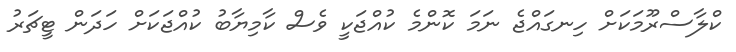
ކްލާސްރޫމަކަށް ހިނގައްޖެ ނަމަ ކޮންމެ ކުއްޖަކީ ވެސް ކާމިޔާބު ކުއްޖަކަށް ހަދަން ޓީޗަރު